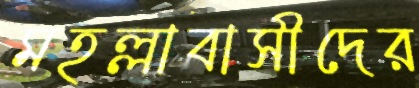
মহল্লাবাসীদের